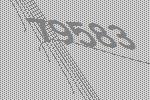
79583